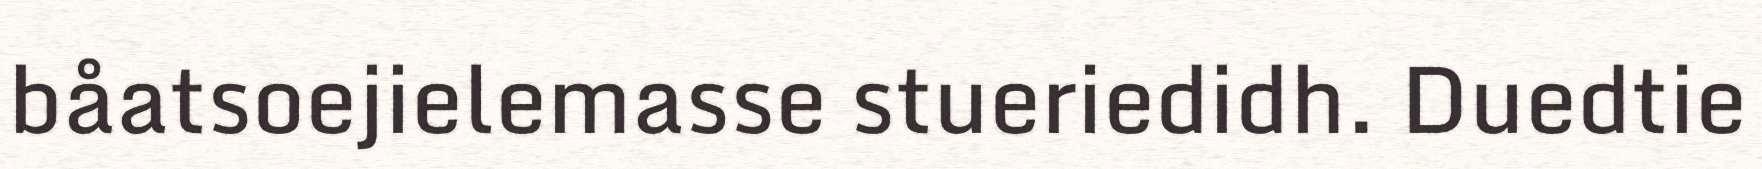
båatsoejielemasse stueriedidh. Duedtie